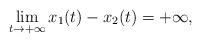
LaTeX: \begin{align*}\lim_{t\rightarrow+\infty}x_1(t)-x_{2}(t)=+\infty,\end{align*}